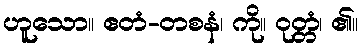
ဟူသော။ ဧတံ-တစနံ၊ ကို။ ဝုတ္တံ၊ ၏။